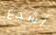
أشجع